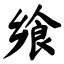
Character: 飨